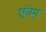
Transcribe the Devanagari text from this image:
एंवम्